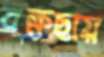
বৃক্ষছায়